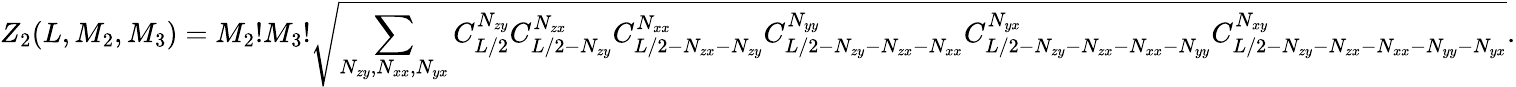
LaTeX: Z_{2}(L,M_{2},M_{3})=M_{2}!M_{3}!\sqrt{\sum_{N_{zy},N_{xx},N_{yx}}C_{L/2}^{N_{zy}}C_{L/2-N_{zy}}^{N_{zx}}C_{L/2-N_{zx}-N_{zy}}^{N_{xx}}C_{L/2-N_{zy}-N_{zx}-N_{xx}}^{N_{yy}}C_{L/2-N_{zy}-N_{zx}-N_{xx}-N_{yy}}^{N_{yx}}C_{L/2-N_{zy}-N_{zx}-N_{xx}-N_{yy}-N_{yx}}^{N_{xy}}}.